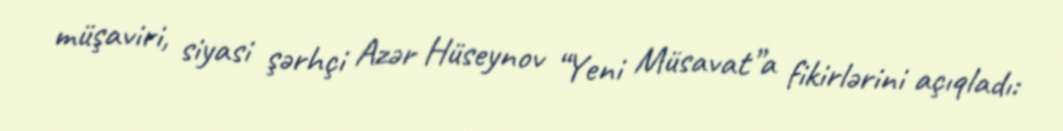
müşaviri, siyasi şərhçi Azər Hüseynov “Yeni Müsavat”a fikirlərini açıqladı: